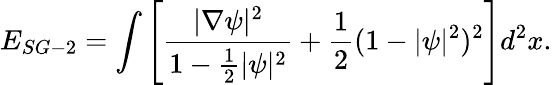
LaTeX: E_{SG-2}=\int\left[\frac{|\nabla\psi|^{2}}{1-\frac{1}{2}|\psi|^{2}}+\frac{1}{2}(1-|\psi|^{2})^{2}\right]{d^{2}x}.